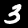
Label: 3